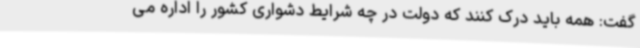
گفت: همه باید درک کنند که دولت در چه شرایط دشواری کشور را اداره می